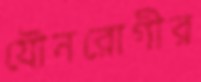
যৌনরোগীর